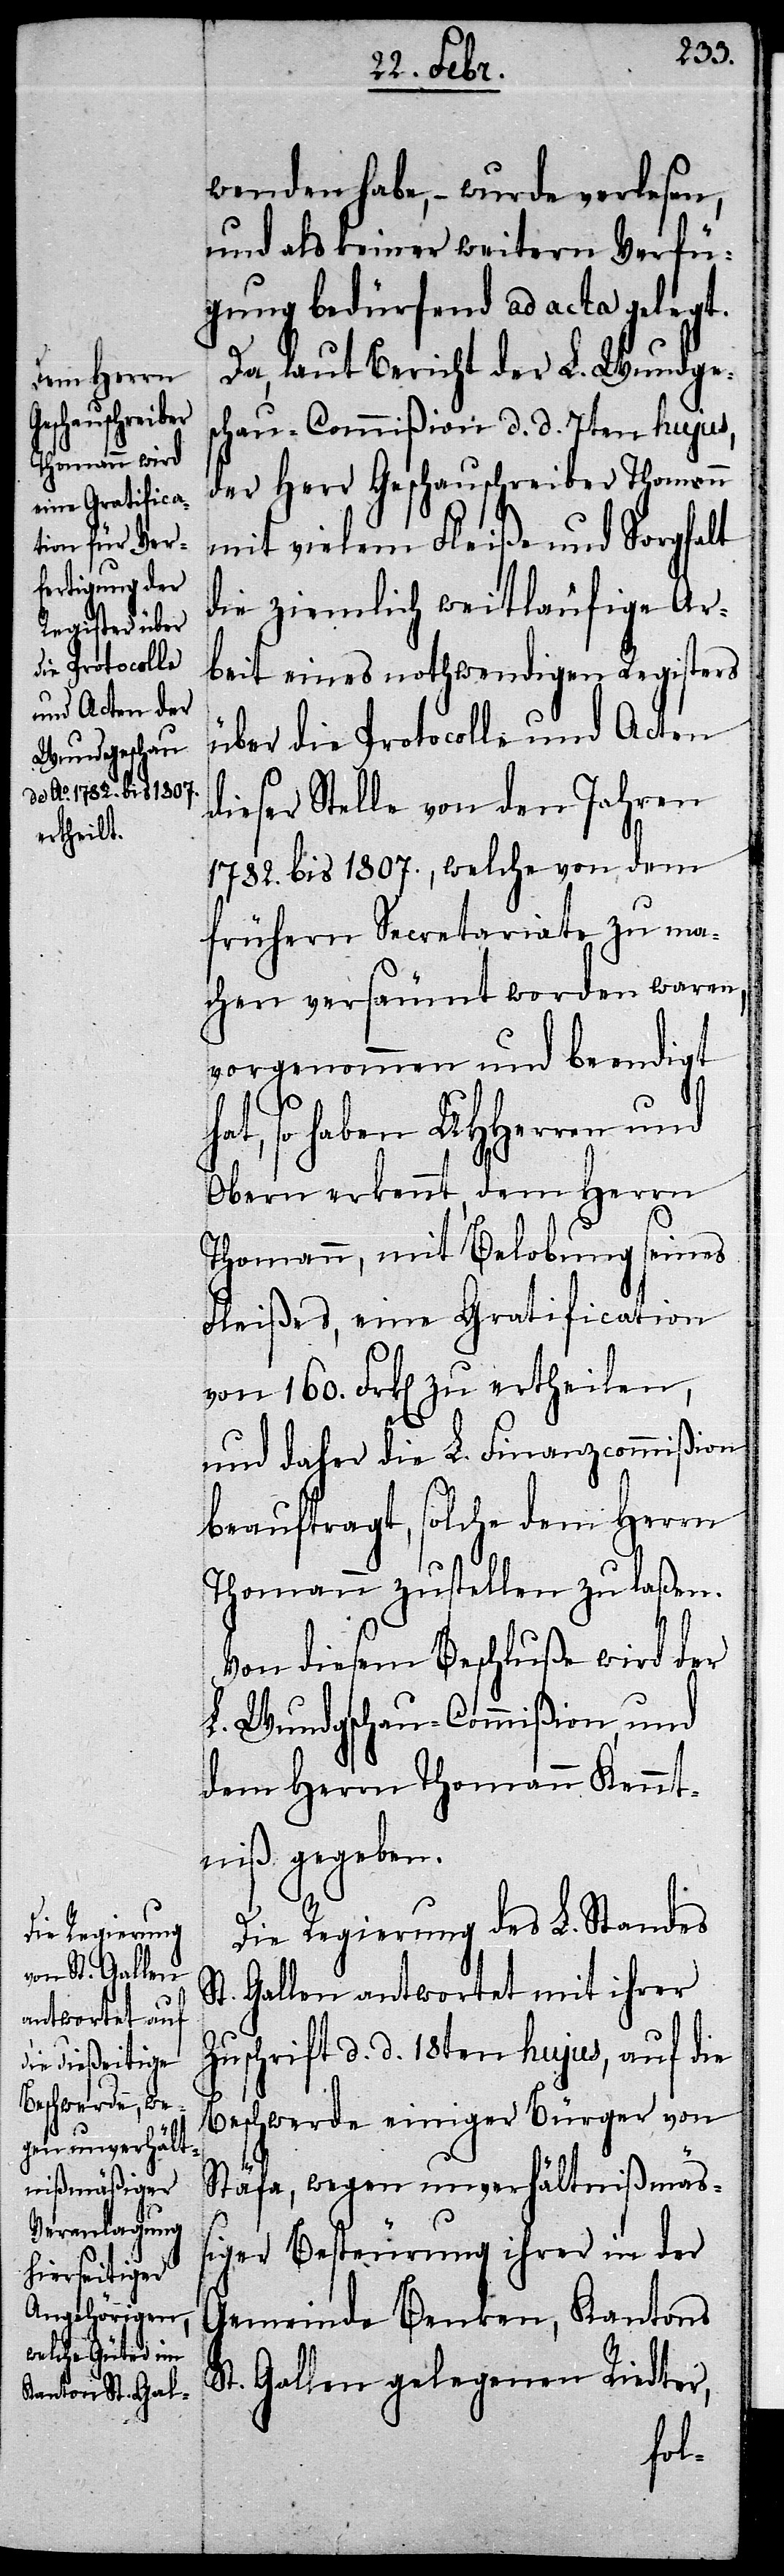
von 160. Frk[en].
ertheilen,

wenden habe, – wurde verlesen,
und als keiner weitern Verfü¬
gung bedürfend ad acta gelegt.
Da, laut Bericht der L. Wundges¬
chau-Commißion d. d. 7ten hujus,
der Herr Geschauschreiber Thomann
mit vielem Fleiße und Sorgfalt
die ziemlich weitläufige Ar¬
beit eines nothwendigen Registers
über die Protocolle und Acten
dieser Stelle von den Jahren
1782. bis 1807., welche von dem
frühern Secretariate zu ma¬
chen versäumt worden waren,
vorgenommen und beendigt
hat, so haben UHHerren und
Obern erkennt, dem Herrn
Thomann, mit Belobung seines
Fleißes, eine Gratification
und daher die L. Finanzcommißion
beauftragt, solche dem Herrn
Thomann zustellen zu laßen.
Von diesem Beschluße wird der
L. Wundgschau-Commißion, und
dem Herrn Thomann Kennt¬
niß gegeben.
Die Regierung des L. Standes
St. Gallen antwortet mit ihrer
Zuschrift d. d. 18ten hujus, auf die
Beschwerde einiger Bürger von
Stäfa, wegen unverhältnißmäß¬
iger Besteurung ihrer in der
Gemeinde Benken, Kantons
St. Gallen gelegenen Riedter,